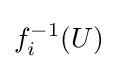
f_{i}^{-1}(U)